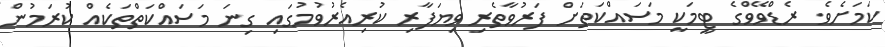
ކަމަށެވެ. ރެޑްވޭވްގެ ޓީމަކީ މަސައްކަތަށް ފަރުވާތެރި ވިޔަފާރި ކުރިއެރުވުމުގައި ގިނަ މަސައްކަތްތަކެއް ކުރަމުން